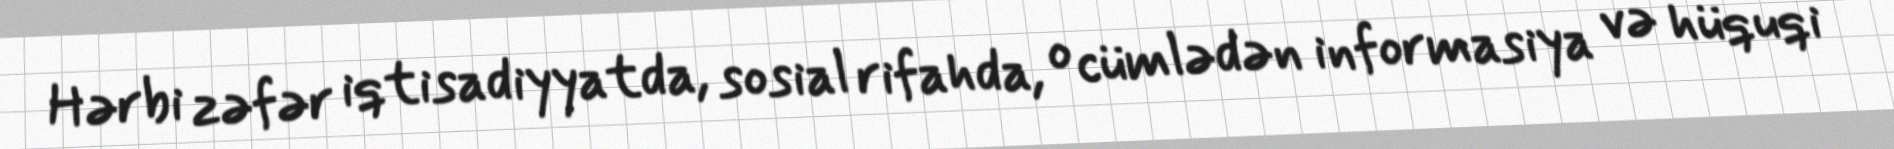
Hərbi zəfər iqtisadiyyatda, sosial rifahda, o cümlədən informasiya və hüquqi